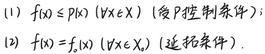
(1) $f(x)\leqslant p(x)\ (\forall x\in X)$ (受控条件); (2) $f(x)=f_{0}(x)\ (\forall x\in X_{0})$ (适配条件).